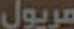
مريول